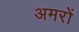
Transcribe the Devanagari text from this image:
अमरों